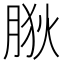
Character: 𦛡